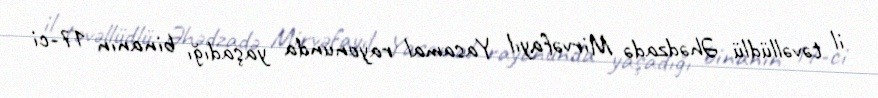
il təvəllüdlü Əhədzadə Mirvəfayıl Yasamal rayonunda yaşadığı binanın 17-ci